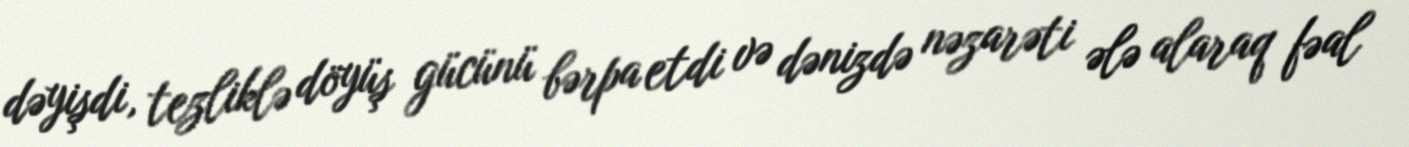
dəyişdi, tezliklə döyüş gücünü bərpa etdi və dənizdə nəzarəti ələ alaraq fəal